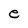
Character: e